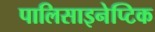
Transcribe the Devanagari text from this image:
पालिसाइनेप्टिक